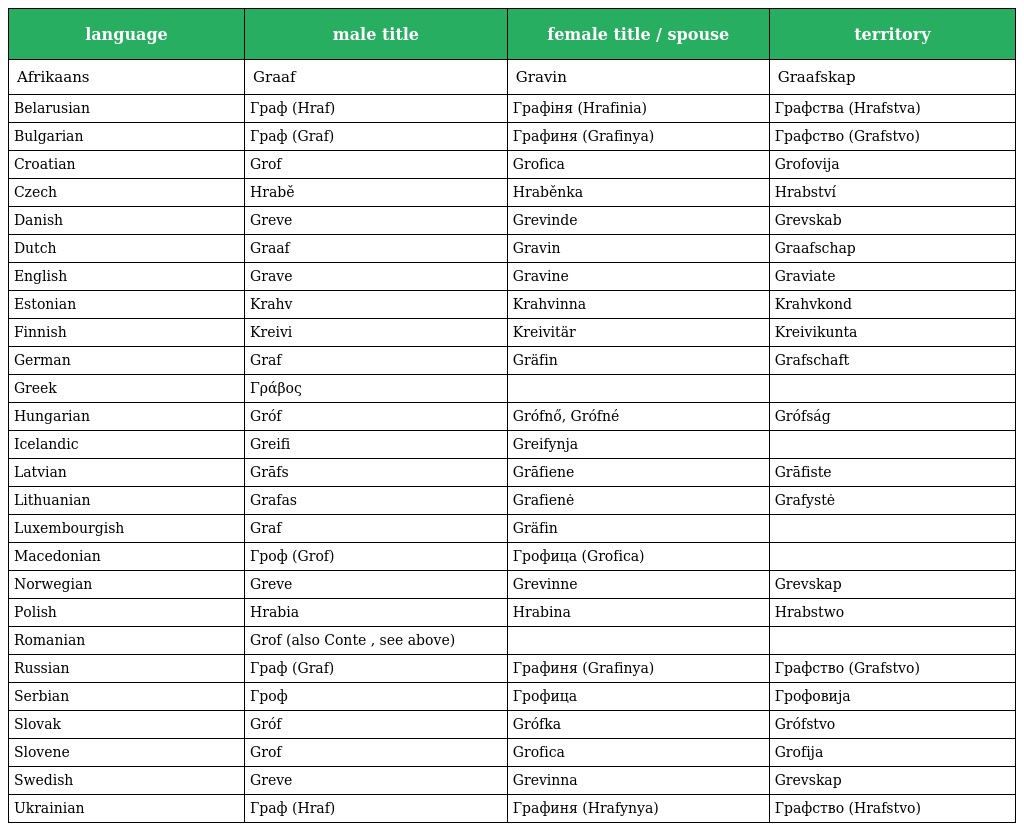
| language | male title | female title / spouse | territory |
 | --- | --- | --- | --- |
 | Afrikaans | Graaf | Gravin | Graafskap |
 | Belarusian | Граф (Hraf) | Графiня (Hrafinia) | Графствa (Hrafstva) |
 | Bulgarian | Граф (Graf) | Графиня (Grafinya) | Графство (Grafstvo) |
 | Croatian | Grof | Grofica | Grofovija |
 | Czech | Hrabě | Hraběnka | Hrabství |
 | Danish | Greve | Grevinde | Grevskab |
 | Dutch | Graaf | Gravin | Graafschap |
 | English | Grave | Gravine | Graviate |
 | Estonian | Krahv | Krahvinna | Krahvkond |
 | Finnish | Kreivi | Kreivitär | Kreivikunta |
 | German | Graf | Gräfin | Grafschaft |
 | Greek | Γράβος |  |  |
 | Hungarian | Gróf | Grófnő, Grófné | Grófság |
 | Icelandic | Greifi | Greifynja |  |
 | Latvian | Grāfs | Grāfiene | Grāfiste |
 | Lithuanian | Grafas | Grafienė | Grafystė |
 | Luxembourgish | Graf | Gräfin |  |
 | Macedonian | Гроф (Grof) | Грофица (Grofica) |  |
 | Norwegian | Greve | Grevinne | Grevskap |
 | Polish | Hrabia | Hrabina | Hrabstwo |
 | Romanian | Grof (also Conte , see above) |  |  |
 | Russian | Граф (Graf) | Графиня (Grafinya) | Графство (Grafstvo) |
 | Serbian | Гроф | Грофица | Грофовија |
 | Slovak | Gróf | Grófka | Grófstvo |
 | Slovene | Grof | Grofica | Grofija |
 | Swedish | Greve | Grevinna | Grevskap |
 | Ukrainian | Граф (Hraf) | Графиня (Hrafynya) | Графство (Hrafstvo) |